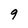
Character: 9